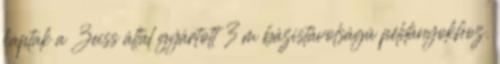
kaptak a Zeiss által gyártott 3 m bázistávolságú példányokhoz.